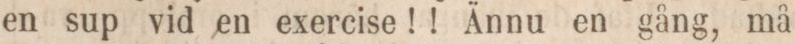
en sup vid en exercise!! Ännu en gång, må